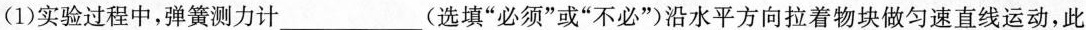
(1)实验过程中，弹簧测力计_____(选填”必须”或”不必”)沿水平方向拉着物块做匀速直线运动，此